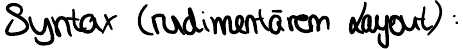
Syntax (rudimentärem Layout):